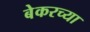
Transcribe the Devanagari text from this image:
बेकरच्या